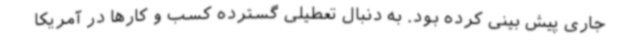
جاری پیش بینی کرده بود. به دنبال تعطیلی گسترده کسب و کارها در آمریکا